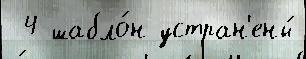
 4 шабло́н устран'ены́